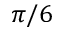
\pi / 6